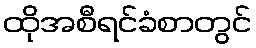
ထိုအစီရင်ခံစာတွင်